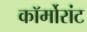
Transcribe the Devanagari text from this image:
कॉर्मोरांट